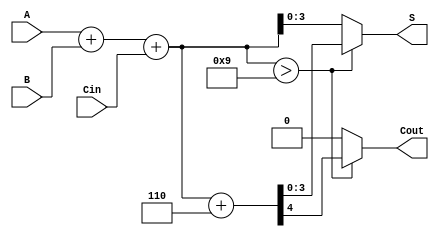
module BCD_Hybrid_Adder (
    input [3:0] A,      // First 4-bit BCD input
    input [3:0] B,      // Second 4-bit BCD input
    input Cin,          // Carry-in
    output reg [3:0] S, // 4-bit BCD sum output
    output reg Cout     // Carry-out
);

    wire [4:0] Sum;     // 5-bit sum to accommodate overflow
    wire correction;     // Flag for correction

    // Step 1: Binary addition of A, B, and Cin
    assign Sum = A + B + Cin;

    // Step 2: BCD Correction Logic
    // Check if the sum exceeds 9 (1001 in binary)
    assign correction = Sum > 9;

    always @(*) begin
        if (correction) begin
            // If correction is needed, add 6 (0110)
            {Cout, S} = Sum + 5'd6; // Adding 6 for BCD correction
        end else begin
            // No correction needed
            Cout = 1'b0; // No carry out
            S = Sum[3:0]; // Assign the lower 4 bits directly
        end
    end

endmodule